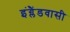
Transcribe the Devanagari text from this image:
इंग्लैंडवासी